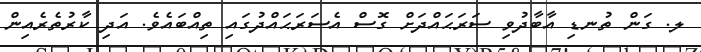
ލ. ގަން ތުނޑި އާބާދުވި ސަރަޙައްދަށް ގޮސް އެސަރަޙައްދުގައި ތިއްބައެވެ. އަދި ކާރުތެރެއިން